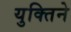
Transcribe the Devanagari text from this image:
युक्तिने